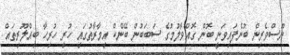
ނޫސްވެރިން ބުނެފައިވަނީ ބޮން ގޮއްވާލުމުގެ ސަބަބުން ބޭންކް އިމާރާތުގައި ހުރި ހުރިހާ ބިއްލޫރިތައް